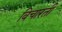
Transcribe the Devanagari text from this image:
विचारती